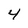
Character: 4